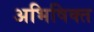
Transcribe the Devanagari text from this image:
अभिषिक्‍त